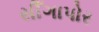
સીઁગાપોર